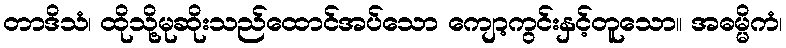
တာဒိသံ၊ ထိုသို့မုဆိုးသည်ထောင်အပ်သော ကျော့ကွင်းနှင့်တူသော။ အဓမ္မိကံ၊